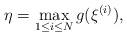
LaTeX: \begin{align*}\eta = \max_{1\leq i \leq N}g(\xi^{(i)}),\end{align*}